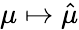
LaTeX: \mu\mapsto{\hat{\mu}}